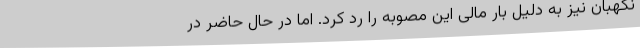
نگهبان نیز به دلیل بار مالی این مصوبه را رد کرد. اما در حال حاضر در